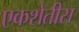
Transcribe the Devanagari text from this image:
एकशेतीस